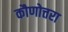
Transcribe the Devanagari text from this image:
कौणोत्तरा